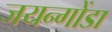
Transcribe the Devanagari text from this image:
जयन्गोंडा